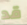
قد